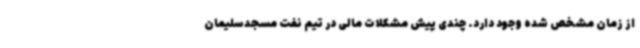
از زمان مشخص شده وجود دارد. چندی پیش مشکلات مالی در تیم نفت مسجدسلیمان